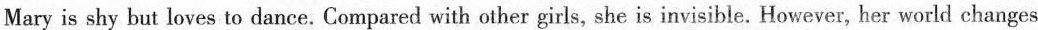
Mary is shy but loves to dance. Compared with other girls, she is invisible. However, her world changes